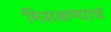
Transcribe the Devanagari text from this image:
मिसळण्याचं